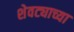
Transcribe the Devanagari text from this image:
शेवट्याच्या